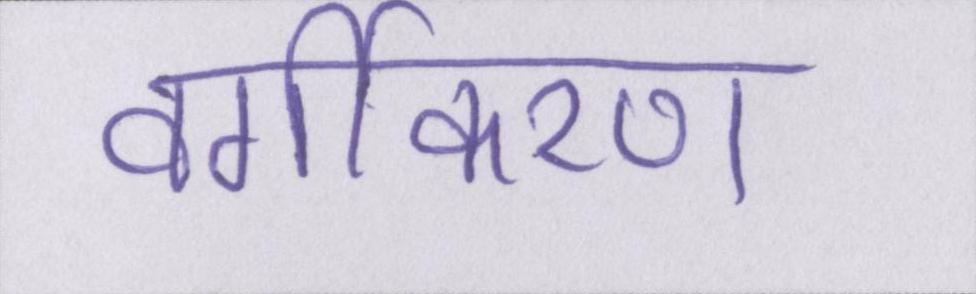
वर्गीकरण